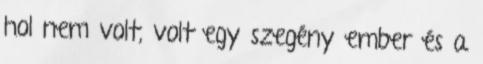
hol nem volt, volt egy szegény ember és a